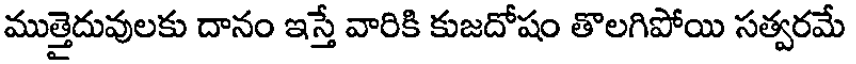
ముత్తైదువులకు దానం ఇస్తే వారికి కుజదోషం తొలగిపోయి సత్వరమే